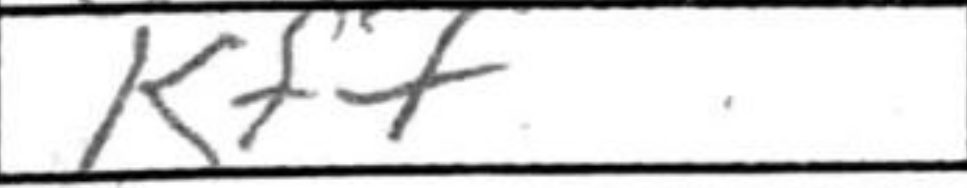
Transcription: Kf7